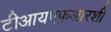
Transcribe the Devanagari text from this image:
टीआयएफआरशी